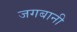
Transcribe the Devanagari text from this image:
जगबानी